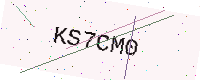
Text: KS7CM0